system: You are a helpful assistant.
user:
Analyze the provided spectrum to determine if it is a **"Cataclysmic Variables (CV)"**.

- **Key Indicators for CV (Check for either state):**
    - **State 1: Quiescent / Low-State (Emission-Dominated)**
        - **(Primary):** Strong and *very broad* Hydrogen Balmer emission lines (e.g., $H\alpha$ at 6563 Å, $H\beta$ at 4861 Å). The 'broadness' (high velocity dispersion, often FWHM > 1000 km/s) is the key diagnostic, indicating a high-velocity accretion disk.
        - **(Secondary):** Broad neutral Helium (He I) emission lines (e.g., 5876 Å, 6678 Å).
        - **(Key Confirmation):** Presence of high-excitation *ionized* Helium (He II) emission at 4686 Å. This is a strong indicator of accretion onto a white dwarf.
        - **(Line Profile):** Emission lines may exhibit a 'double-peaked' profile, which is a classic signature of a rotating accretion disk viewed at high inclination.

    - **State 2: Outburst / High-State (Absorption-Dominated)**
        - **(Primary):** Spectrum is dominated by a bright, blue continuum (looks like a hot star).
        - **(Secondary):** The emission lines from State 1 are weak, absent, or 'filled in', and are replaced by broad, shallow *absorption* lines (primarily Balmer and He I).
        - **(Morphology):** The overall spectrum mimics a hot B/A-type star. The crucial difference is that the absorption lines are significantly broader, shallower, and more 'washed-out' (or 'smeared') than the sharp lines of a normal stellar photosphere, due to high rotational speeds and pressure broadening in the disk.

Think first, call **spectral_visualization_tool** if needed to examine features in detail, then provide your final answer. Your response must adhere to the following strict rules:
1.  **Overall Structure:** Your response must follow the format `<think>...</think> <tool_call>...</tool_call> (if a tool is used) <answer>...</answer>`.
2.  **Tool Usage Constraint:** You may only make **one** tool call per turn.
3.  **Final Answer Format:** In the `<answer>` tag, your conclusion must be inside a `\boxed{}` command (e.g., `\boxed{YES}`), followed by your justification.

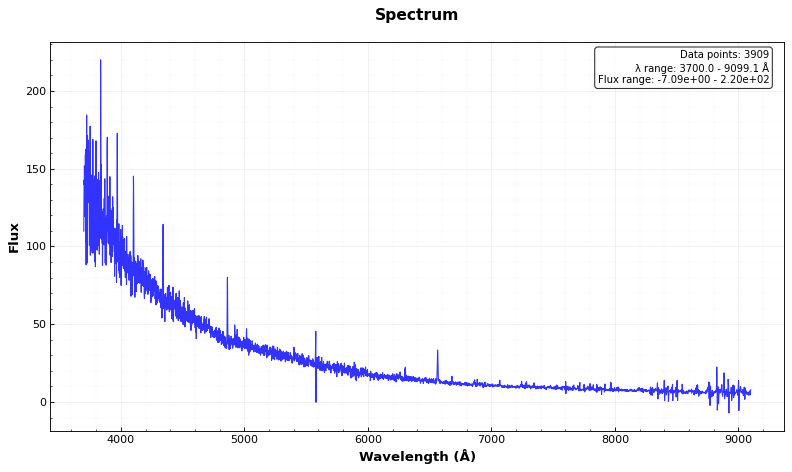
Answer: YES